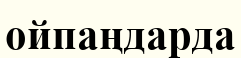
ойпаңдарда